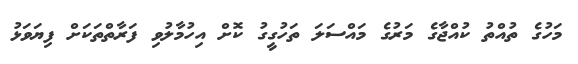
މަހުގެ ތުއްތު ކުއްޖާގެ މަރުގެ މައްސަލަ ތަހުގީގު ކޮށް އިހުމާލުވި ފަރާތްތަކަށް ފިޔަވަޅު